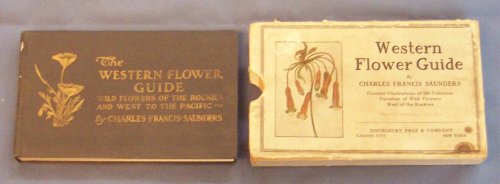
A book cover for The Western Flower Guide: Wild Flowers of the Rockies and West to the Pacific; Charles Francis Saunders; Sports & Outdoors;